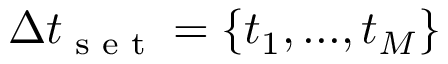
\Delta t _ { \textrm { s e t } } = \{ t _ { 1 } , . . . , t _ { M } \}